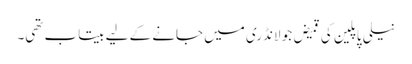
نیلی پاپلین کی قمیض جو لانڈری میں جانے کے لیے بیتاب تھی۔